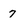
Character: 7